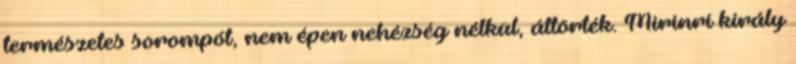
természetes sorompót, nem épen nehézség nélkül, áttörték. Mirinrí király